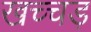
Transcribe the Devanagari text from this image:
खच्चड़